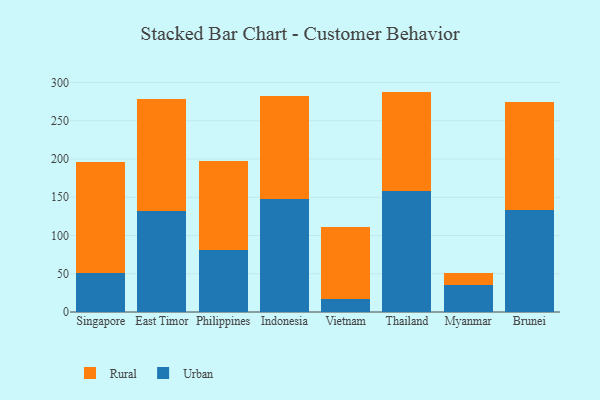
{"axis": {"x": "Country", "y": "Gross Profit (USD K)"}, "legend": ["Rural", "Urban"], "data": [{"x": "Singapore", "y": 50.9, "type": "Urban"}, {"x": "Singapore", "y": 145.5, "type": "Rural"}, {"x": "East Timor", "y": 132.3, "type": "Urban"}, {"x": "East Timor", "y": 146.0, "type": "Rural"}, {"x": "Philippines", "y": 81.7, "type": "Urban"}, {"x": "Philippines", "y": 115.7, "type": "Rural"}, {"x": "Indonesia", "y": 147.1, "type": "Urban"}, {"x": "Indonesia", "y": 135.1, "type": "Rural"}, {"x": "Vietnam", "y": 16.6, "type": "Urban"}, {"x": "Vietnam", "y": 94.1, "type": "Rural"}, {"x": "Thailand", "y": 158.2, "type": "Urban"}, {"x": "Thailand", "y": 129.9, "type": "Rural"}, {"x": "Myanmar", "y": 35.2, "type": "Urban"}, {"x": "Myanmar", "y": 15.2, "type": "Rural"}, {"x": "Brunei", "y": 132.8, "type": "Urban"}, {"x": "Brunei", "y": 141.5, "type": "Rural"}]}